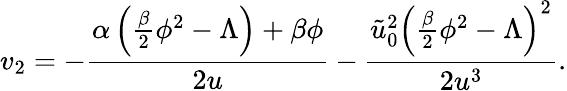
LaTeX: v_{2}=-\frac{\alpha\left(\frac{\beta}{2}\phi^{2}-\Lambda\right)+\beta\phi}{2u}-\frac{\tilde{u}_{0}^{2}\left(\frac{\beta}{2}\phi^{2}-\Lambda\right)^{2}}{2u^{3}}.